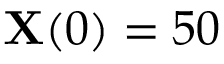
\mathbf { X } ( 0 ) = 5 0